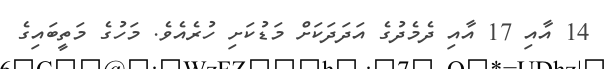
14 އާއި 17 އާއި ދެމެދުގެ އަދަދަަކަށް މަޑުކަށި ހުރެއެވެ. މަހުގެ މަތީބައިގެ